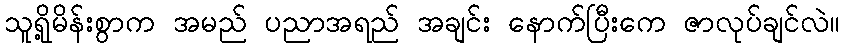
သူရို့မိန်းစွာက အမည် ပညာအရည် အချင်း နောက်ပြီးကေ ဇာလုပ်ချင်လဲ။